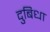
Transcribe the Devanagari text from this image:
दुबिधा